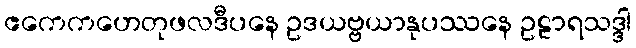
ဧကေကဟေတုဖလဒီပနေ ဥဒယဗ္ဗယာနုပဿနေ ဥဠာရသဒ္ဒါ